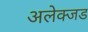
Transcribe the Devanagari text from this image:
अलेक्जड